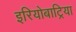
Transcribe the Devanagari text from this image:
इरियोबाट्रिया